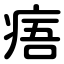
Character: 痦